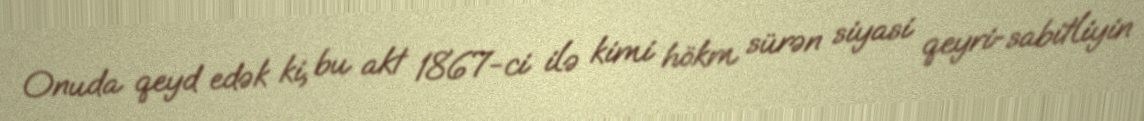
Onuda qeyd edək ki, bu akt 1867-ci ilə kimi hökm sürən siyasi qeyri-sabitliyin